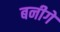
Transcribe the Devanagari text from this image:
बनीगे